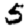
Digit: 5